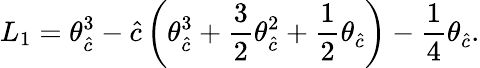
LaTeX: L_{1}=\theta_{\hat{c}}^{3}-{\hat{c}}\left(\theta_{\hat{c}}^{3}+\frac{3}{2}\theta_{\hat{c}}^{2}+\frac{1}{2}\theta_{\hat{c}}\right)-\frac{1}{4}\theta_{\hat{c}}.